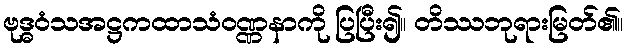
ဗုဒ္ဓဝံသအဋ္ဌကထာသံဝဏ္ဏနာကို ပြပြီး၍။ တိဿဘုရားမြတ်၏။